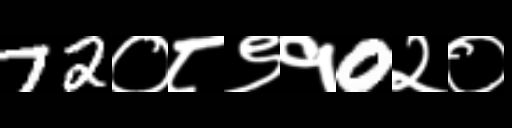
Text: 72०८९१0२०